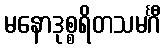
မနောဒုစ္စရိတသမင်္ဂီ